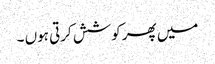
میں پھر کوشش کرتی ہوں ۔